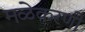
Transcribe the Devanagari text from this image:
मळेकरणी